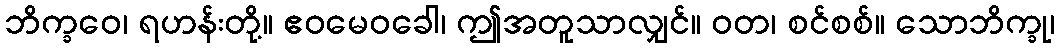
ဘိက္ခဝေ၊ ရဟန်းတို့။ ဧဝမေဝခေါ၊ ဤအတူသာလျှင်။ ဝတ၊ စင်စစ်။ သောဘိက္ခု၊